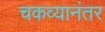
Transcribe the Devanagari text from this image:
चकव्यानंतर